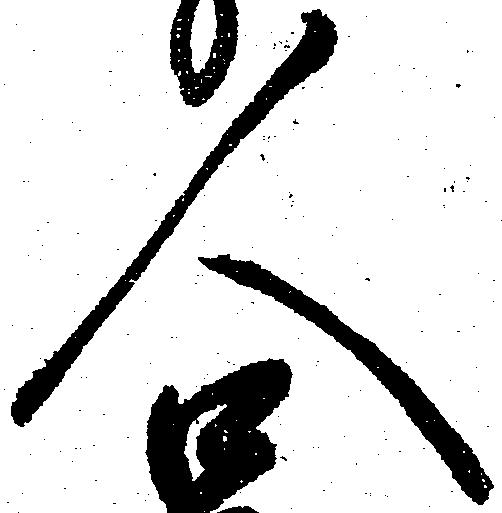
人